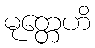
မုတ္တေဟိ